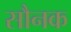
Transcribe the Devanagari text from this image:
सौनक